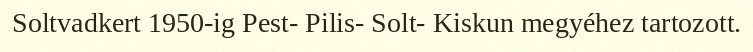
Soltvadkert 1950-ig Pest- Pilis- Solt- Kiskun megyéhez tartozott.